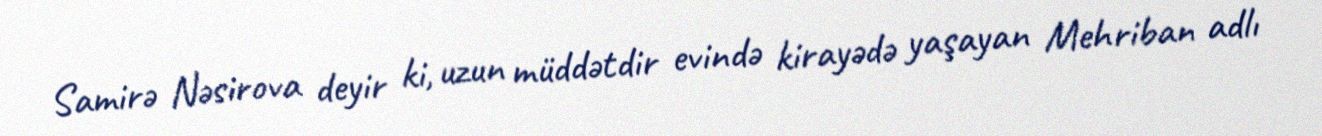
Samirə Nəsirova deyir ki, uzun müddətdir evində kirayədə yaşayan Mehriban adlı